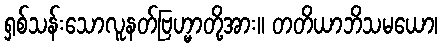
ရှစ်သန်းသောလူနတ်ဗြဟ္မာတို့အား။ တတိယာဘိသမယော၊